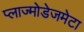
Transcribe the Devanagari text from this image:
प्लाज्मोडेजमेटा